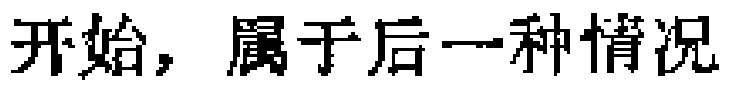
开始，属于后一种情况